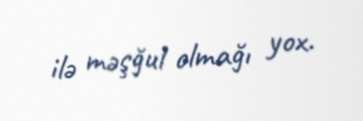
ilə məşğul olmağı yox.